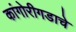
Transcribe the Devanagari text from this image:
कांगोरीगडाचे